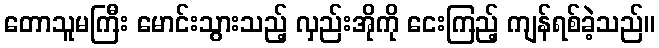
တောသူမကြီး မောင်းသွားသည့် လှည်းအိုကို ငေးကြည့် ကျန်ရစ်ခဲ့သည်။